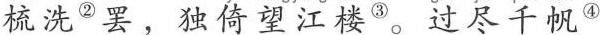
梳洗 ^{②} 罢， 独倚望江楼 ^{③}。过尽千帆 ^{④}